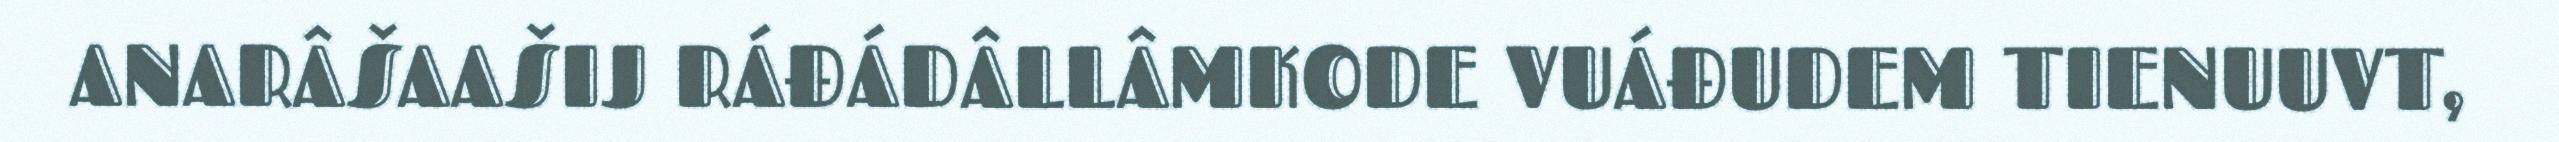
ANARÂŠAAŠIJ RÁĐÁDÂLLÂMKODE VUÁĐUDEM TIENUUVT,